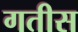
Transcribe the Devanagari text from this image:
गतीस